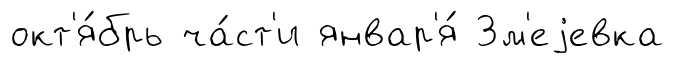
окт'я́брь ча́ст'и январ'я́ Зм'еjевка